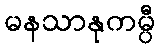
မနသာနုကမ္ပီ